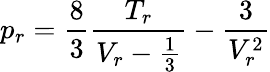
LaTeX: p_{r}={\frac{8}{3}}{\frac{T_{r}}{V_{r}-{\frac{1}{3}}}}-{\frac{3}{V_{r}^{2}}}